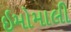
ઇમોમાલી